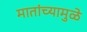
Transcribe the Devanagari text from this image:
मातांच्यामुळे